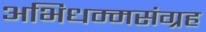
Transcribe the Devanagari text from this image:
अभिधम्मसंग्रह